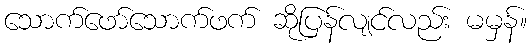
သောက်ဖော်သောက်ဖက် ဆိုပြန်လျင်လည်း မမှန်။